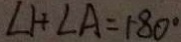
\angle 1 + \angle A = 1 8 0 ^ { \circ }